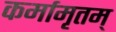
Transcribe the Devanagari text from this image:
कर्मामृतम्